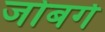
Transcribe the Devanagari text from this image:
जोबर्ग